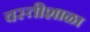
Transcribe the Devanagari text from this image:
वस्तीशाळा